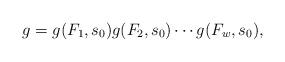
LaTeX: \begin{align*}g=g(F_1, s_0)g(F_2, s_0)\cdots g(F_w, s_0),\end{align*}